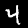
Digit: 4